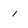
Character: 1